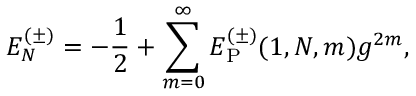
E _ { N } ^ { ( \pm ) } = - { \frac { 1 } { 2 } } + \sum _ { m = 0 } ^ { \infty } E _ { \mathrm { P } } ^ { ( \pm ) } ( 1 , N , m ) g ^ { 2 m } ,